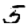
Digit: 5